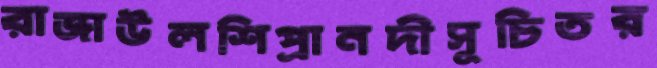
রাজাউলশিপ্রানদীসূচিতর